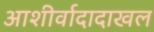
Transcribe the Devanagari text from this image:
आशीर्वादादाखल